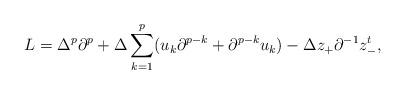
LaTeX: \begin{align*}L=\Delta^p\partial^p+\Delta\sum_{k=1}^p(u_k\partial^{p-k}+\partial^{p-k}u_k)-\Delta z_+\partial^{-1}z_-^t,\end{align*}